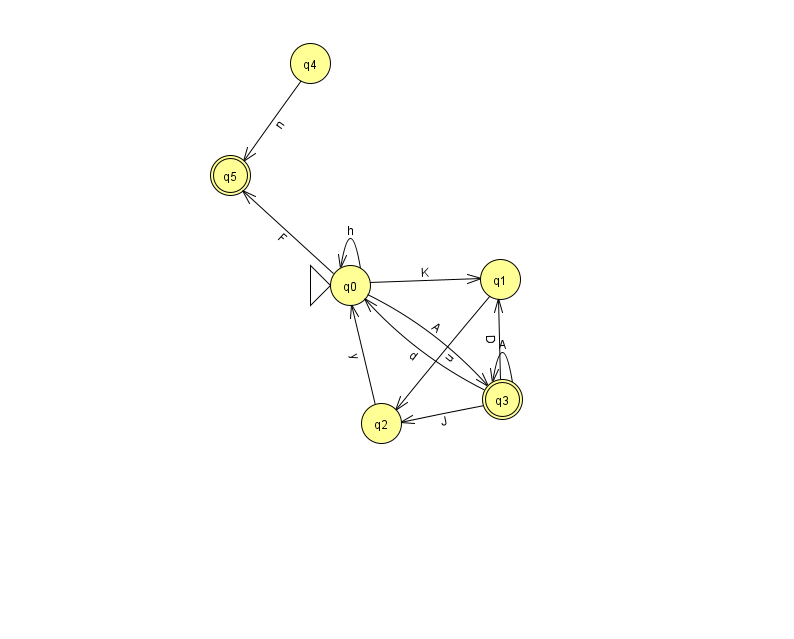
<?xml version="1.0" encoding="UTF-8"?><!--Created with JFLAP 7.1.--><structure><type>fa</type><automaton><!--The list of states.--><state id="0" name="q0"><x>350.0</x><y>272.0</y><initial/></state><state id="1" name="q1"><x>500.0</x><y>266.0</y></state><state id="2" name="q2"><x>381.0</x><y>410.0</y></state><state id="3" name="q3"><x>502.0</x><y>386.0</y><final/></state><state id="4" name="q4"><x>310.0</x><y>50.0</y></state><state id="5" name="q5"><x>230.0</x><y>162.0</y><final/></state><!--The list of transitions.--><transition><from>3</from><to>3</to><read>A</read></transition><transition><from>3</from><to>0</to><read>d</read></transition><transition><from>0</from><to>3</to><read>A</read></transition><transition><from>0</from><to>1</to><read>K</read></transition><transition><from>0</from><to>5</to><read>F</read></transition><transition><from>0</from><to>0</to><read>h</read></transition><transition><from>1</from><to>2</to><read>u</read></transition><transition><from>2</from><to>0</to><read>y</read></transition><transition><from>4</from><to>5</to><read>n</read></transition><transition><from>3</from><to>1</to><read>D</read></transition><transition><from>3</from><to>2</to><read>J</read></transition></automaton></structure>